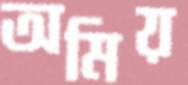
অমিয়